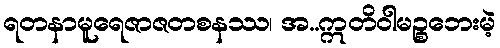
ရတနာမူရေဇာဇတစနဿ၊ အ..ဣတိဝါမဉ္စဘေးမဲ့